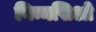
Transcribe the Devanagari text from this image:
गिम्नसिओ